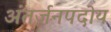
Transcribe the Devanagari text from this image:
अंतर्जनपदोय